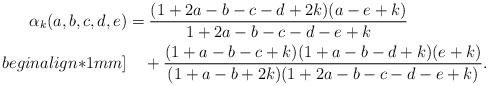
LaTeX: \begin{align*}\alpha_k(a,b,c,d,e)&=\frac{(1+2a-b-c-d+2k)(a-e+k)}{1+2a-b-c-d-e+k}\\begin{align*}1mm]&\quad+\frac{(1+a-b-c+k)(1+a-b-d+k)(e+k)}{(1+a-b+2k)(1+2a-b-c-d-e+k)}.\end{align*}